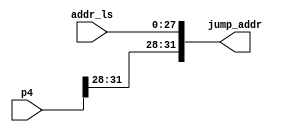
`timescale 1ns / 1ps
//////////////////////////////////////////////////////////////////////////////////
// Company: 
// Engineer: 
// 
// Design Name: 
// Module Name: jump_target_concat
// Project Name: 
// Target Devices: 
// Tool Versions: 
// Description: 
// 
// Dependencies: 
// 
// Revision:
// Revision 0.01 - File Created
// Additional Comments:
// 
//////////////////////////////////////////////////////////////////////////////////


module jump_target_concat(p4, addr_ls, jump_addr);
    input [31:0] p4;
    input [27:0] addr_ls;
    output wire [31:0] jump_addr;
    
    assign jump_addr[31:28] = p4[31:28];
    assign jump_addr[27:0] = addr_ls;

endmodule